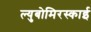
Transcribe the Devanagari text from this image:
ल्युबोमिरस्काई